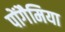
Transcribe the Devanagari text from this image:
पोंगैमिया